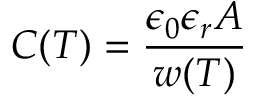
C ( T ) = \frac { \epsilon _ { 0 } \epsilon _ { r } A } { w ( T ) }